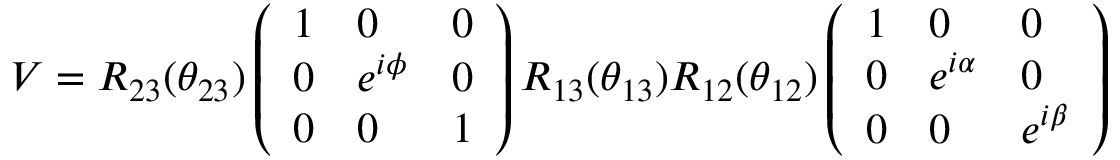
V = R _ { 2 3 } ( \theta _ { 2 3 } ) \left( \begin{array} { l l l } { { 1 } } & { { 0 } } & { { 0 } } \\ { { 0 } } & { { e ^ { i \phi } } } & { { 0 } } \\ { { 0 } } & { { 0 } } & { { 1 } } \end{array} \right) R _ { 1 3 } ( \theta _ { 1 3 } ) R _ { 1 2 } ( \theta _ { 1 2 } ) \left( \begin{array} { l l l } { { 1 } } & { { 0 } } & { { 0 } } \\ { { 0 } } & { { e ^ { i \alpha } } } & { { 0 } } \\ { { 0 } } & { { 0 } } & { { e ^ { i \beta } } } \end{array} \right)